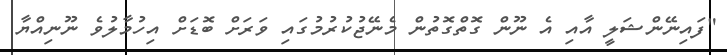
"ފައިނޭންޝަލީ އާއި އެ ނޫން ގޮތްގޮތުން މެނޭޖުކުރުމުގައި ވަރަށް ބޮޑަށް އިހުމާލުވެ ނޫނިއްޔާ